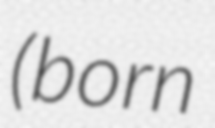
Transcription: (born